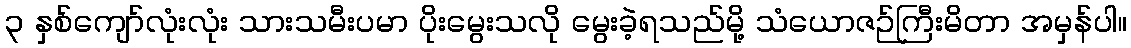
၃ နှစ်ကျော်လုံးလုံး သားသမီးပမာ ပိုးမွေးသလို မွေးခဲ့ရသည်မို့ သံယောဇဉ်ကြီးမိတာ အမှန်ပါ။